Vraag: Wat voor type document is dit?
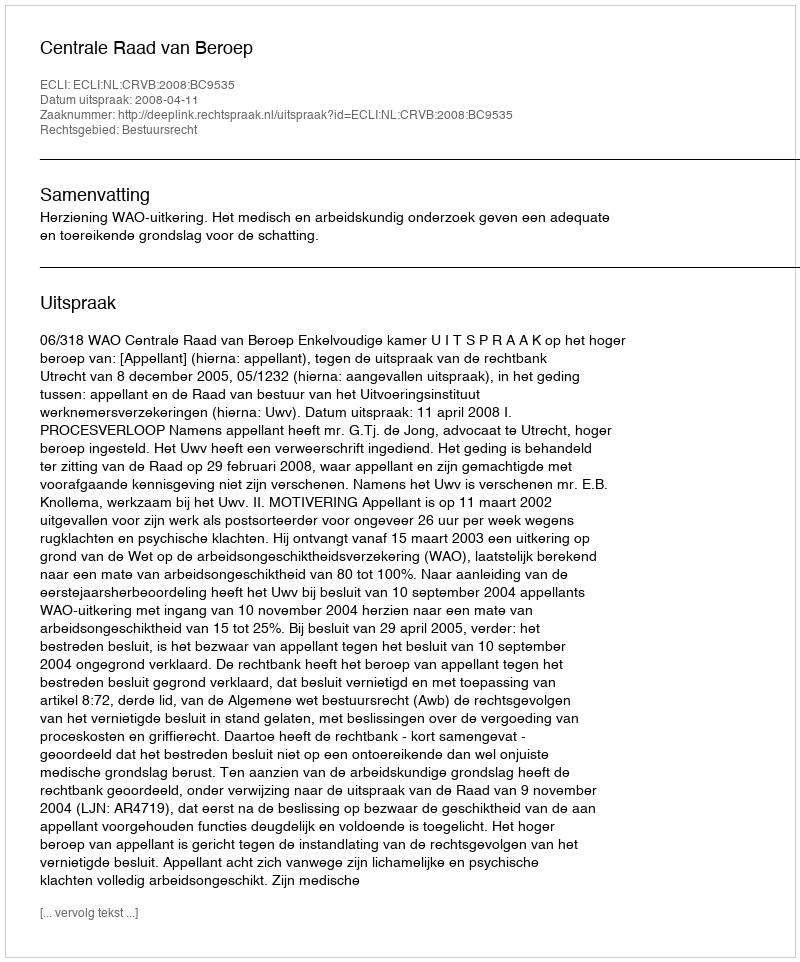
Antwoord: Uitspraak